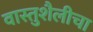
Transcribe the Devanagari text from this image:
वास्तुशैलीचा